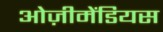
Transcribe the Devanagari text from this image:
ओज़ीमेंडियस